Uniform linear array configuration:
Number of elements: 64
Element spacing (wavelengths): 0.25
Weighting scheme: hamming
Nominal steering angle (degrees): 45
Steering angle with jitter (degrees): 44.405
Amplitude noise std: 0.05
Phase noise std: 0.05

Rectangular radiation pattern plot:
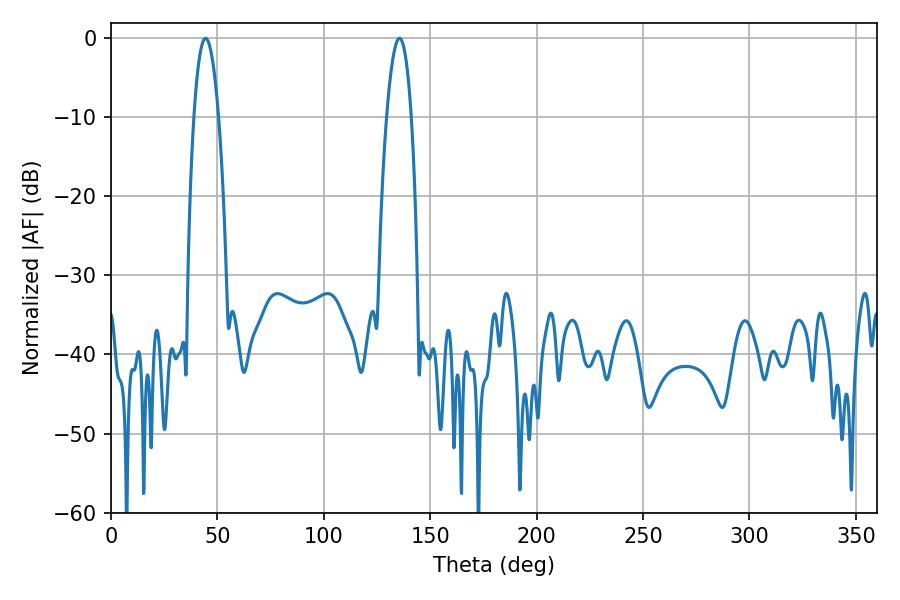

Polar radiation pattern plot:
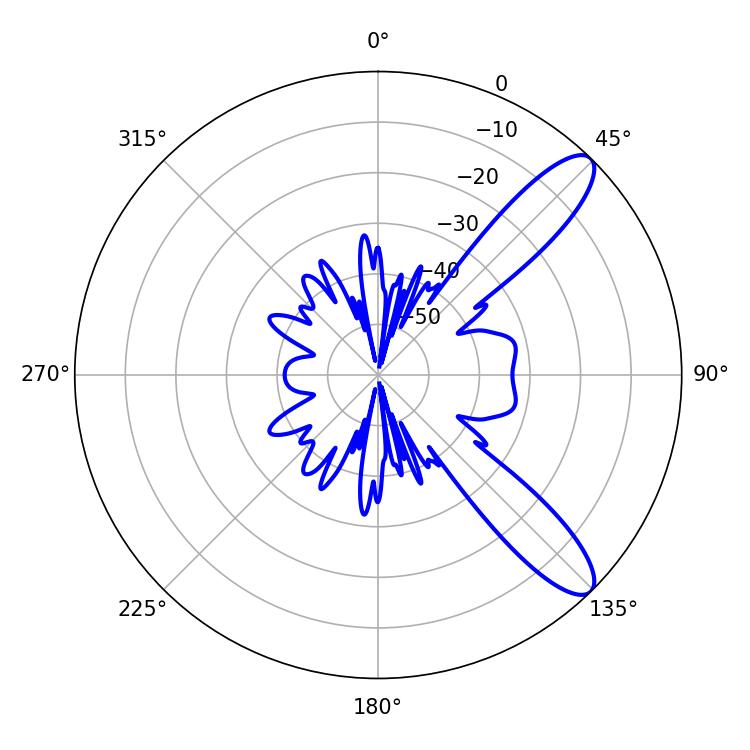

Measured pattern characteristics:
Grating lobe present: FALSE
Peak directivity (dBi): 10.733
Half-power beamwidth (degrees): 6.3
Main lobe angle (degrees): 44.46